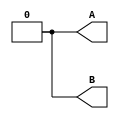
module top_module ( output reg A, output reg B );
    initial begin
    A =0; 
    B=0;
    #10 A=1;
    #5 B=1;
    #5 A = 0;
    #20 B=0;
    end
endmodule